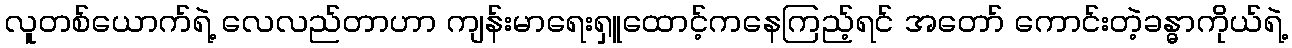
လူတစ်ယောက်ရဲ့ လေလည်တာဟာ ကျန်းမာရေးရှူထောင့်ကနေကြည့်ရင် အတော် ကောင်းတဲ့ခန္ဓာကိုယ်ရဲ့